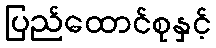
ပြည်ထောင်စုနှင့်